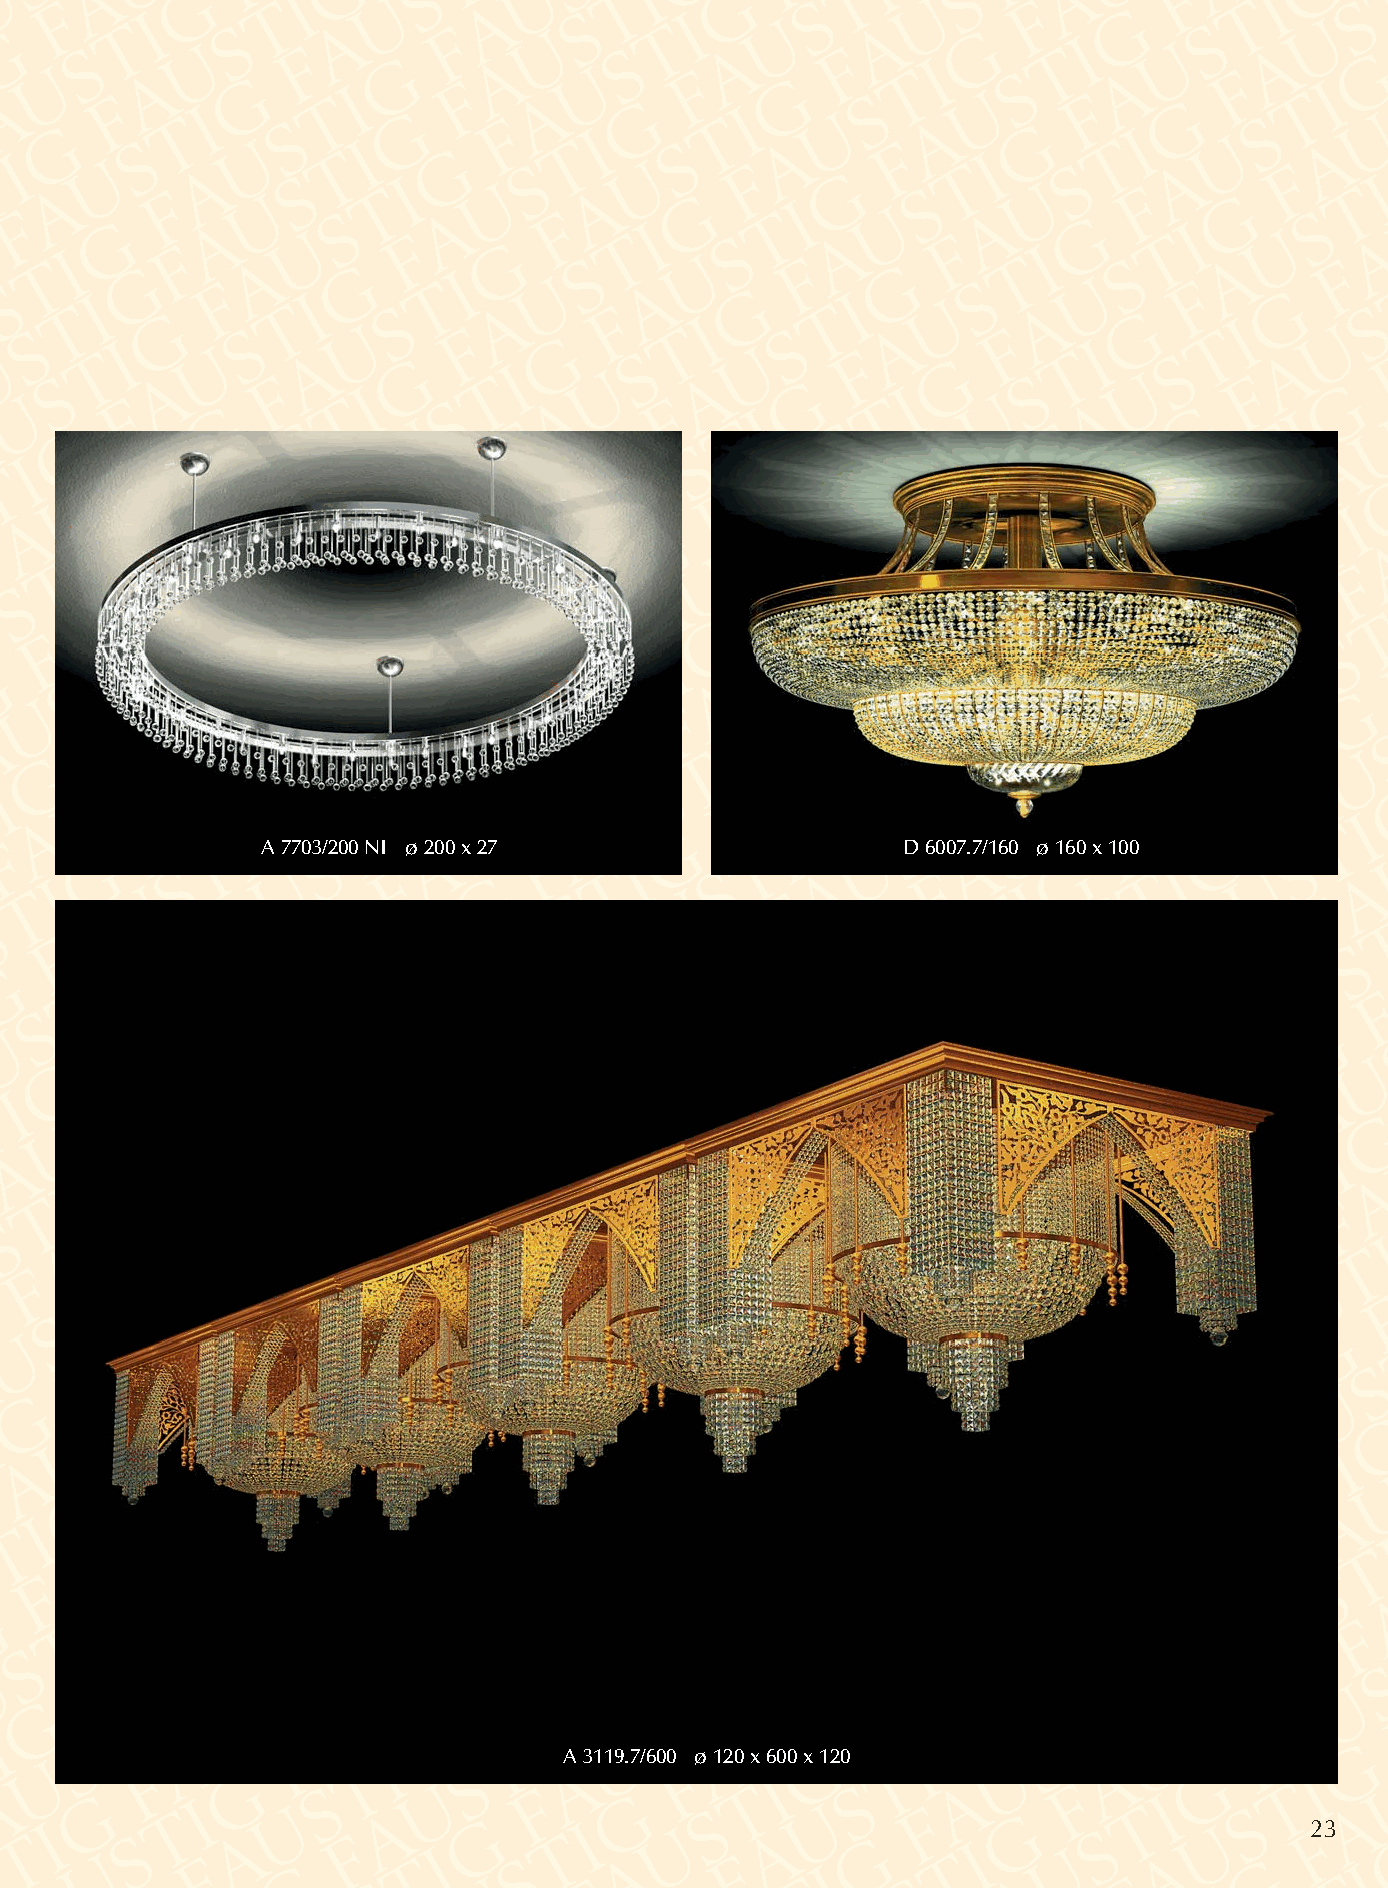
A 7703/200 NI ø 200 x 27                   D 6007.7/160 ø 160 x 100
 A 3119.7/600 ø 120 x 600 x 120
 23